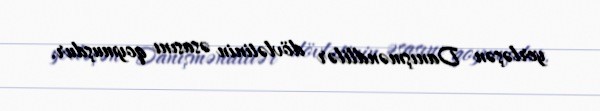
yerləşən Danışməndlilər dövlətinin əsasını qoymuşdur.